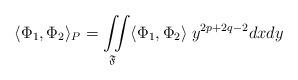
LaTeX: \begin{align*}\langle \Phi_{1},\Phi_{2}\rangle_{P} = \iint\limits_{\mathfrak{F}}\langle \Phi_{1},\Phi_{2}\rangle\;y^{2p+2q-2}dx dy\end{align*}